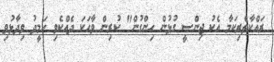
ރައްކާތެރިކަމާ އެކު ޖިންސީ ގުޅުން ހިންގުން" ކުރިން ވާހަކަ ދެއްކެވި ހަމީދު ވިދާޅުވި